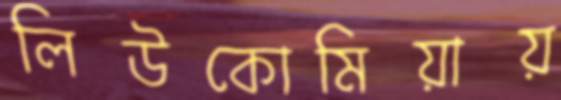
লিউকোমিয়ায়